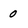
Character: 0